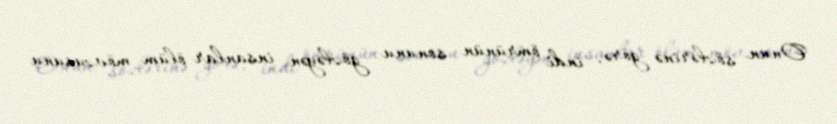
Onun sözlərinə görə, indi ömrünün sonunu gözləyən insanlar ölüm mövzusunu